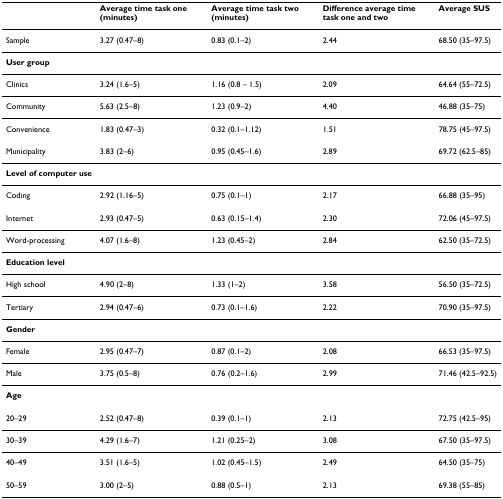
<table><thead><tr><td></td><td><b>Average time task one (minutes)</b></td><td><b>Average time task two (minutes)</b></td><td><b>Difference average time task one and two</b></td><td><b>Average SUS</b></td></tr></thead><tbody><tr><td>Sample</td><td>3.27 (0.47–8)</td><td>0.83 (0.1–2)</td><td>2.44</td><td>68.50 (35–97.5)</td></tr><tr><td><b>User group</b></td><td></td><td></td><td></td><td></td></tr><tr><td>Clinics</td><td>3.24 (1.6–5)</td><td>1.16 (0.8 – 1.5)</td><td>2.09</td><td>64.64 (55–72.5)</td></tr><tr><td>Community</td><td>5.63 (2.5–8)</td><td>1.23 (0.9–2)</td><td>4.40</td><td>46.88 (35–75)</td></tr><tr><td>Convenience</td><td>1.83 (0.47–3)</td><td>0.32 (0.1–1.12)</td><td>1.51</td><td>78.75 (45–97.5)</td></tr><tr><td>Municipality</td><td>3.83 (2–6)</td><td>0.95 (0.45–1.6)</td><td>2.89</td><td>69.72 (62.5–85)</td></tr><tr><td><b>Level of computer use</b></td><td></td><td></td><td></td><td></td></tr><tr><td>Coding</td><td>2.92 (1.16–5)</td><td>0.75 (0.1–1)</td><td>2.17</td><td>66.88 (35–95)</td></tr><tr><td>Internet</td><td>2.93 (0.47–5)</td><td>0.63 (0.15–1.4)</td><td>2.30</td><td>72.06 (45–97.5)</td></tr><tr><td>Word-processing</td><td>4.07 (1.6–8)</td><td>1.23 (0.45–2)</td><td>2.84</td><td>62.50 (35–72.5)</td></tr><tr><td><b>Education level</b></td><td></td><td></td><td></td><td></td></tr><tr><td>High school</td><td>4.90 (2–8)</td><td>1.33 (1–2)</td><td>3.58</td><td>56.50 (35–72.5)</td></tr><tr><td>Tertiary</td><td>2.94 (0.47–6)</td><td>0.73 (0.1–1.6)</td><td>2.22</td><td>70.90 (35–97.5)</td></tr><tr><td><b>Gender</b></td><td></td><td></td><td></td><td></td></tr><tr><td>Female</td><td>2.95 (0.47–7)</td><td>0.87 (0.1–2)</td><td>2.08</td><td>66.53 (35–97.5)</td></tr><tr><td>Male</td><td>3.75 (0.5–8)</td><td>0.76 (0.2–1.6)</td><td>2.99</td><td>71.46 (42.5–92.5)</td></tr><tr><td><b>Age</b></td><td></td><td></td><td></td><td></td></tr><tr><td>20–29</td><td>2.52 (0.47–8)</td><td>0.39 (0.1–1)</td><td>2.13</td><td>72.75 (42.5–95)</td></tr><tr><td>30–39</td><td>4.29 (1.6–7)</td><td>1.21 (0.25–2)</td><td>3.08</td><td>67.50 (35–97.5)</td></tr><tr><td>40–49</td><td>3.51 (1.6–5)</td><td>1.02 (0.45–1.5)</td><td>2.49</td><td>64.50 (35–75)</td></tr><tr><td>50–59</td><td>3.00 (2–5)</td><td>0.88 (0.5–1)</td><td>2.13</td><td>69.38 (55–85)</td></tr></tbody></table>